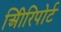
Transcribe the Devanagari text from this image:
अिीरिपोर्ट